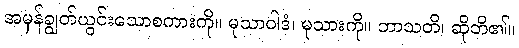
အမှန်ချွတ်ယွင်းသောစကားကို။ မုသာဝါဒံ၊ မုသားကို။ ဘာသတိ၊ ဆိုဘိ၏။